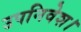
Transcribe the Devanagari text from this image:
उपनिवेश।